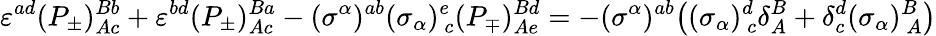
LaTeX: \varepsilon^{ad}(P_{\pm})_{Ac}^{Bb}+\varepsilon^{bd}(P_{\pm})_{Ac}^{Ba}-(\sigma^{\alpha})^{ab}(\sigma_{\alpha})_{~c}^{e}(P_{\mp})_{Ae}^{Bd}=-(\sigma^{\alpha})^{ab}\bigr((\sigma_{\alpha})_{~c}^{d}\delta_{A}^{B}+\delta_{c}^{d}(\sigma_{\alpha})_{~A}^{B}\bigr)